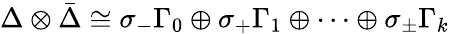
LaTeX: \Delta\otimes{\bar{\Delta}}\cong\sigma_{-}\Gamma_{0}\oplus\sigma_{+}\Gamma_{1}\oplus\dots\oplus\sigma_{\pm}\Gamma_{k}